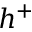
h ^ { + }